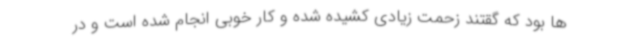
ها بود که گقتند زحمت زیادی کشیده شده و کار خوبی انجام شده است و در